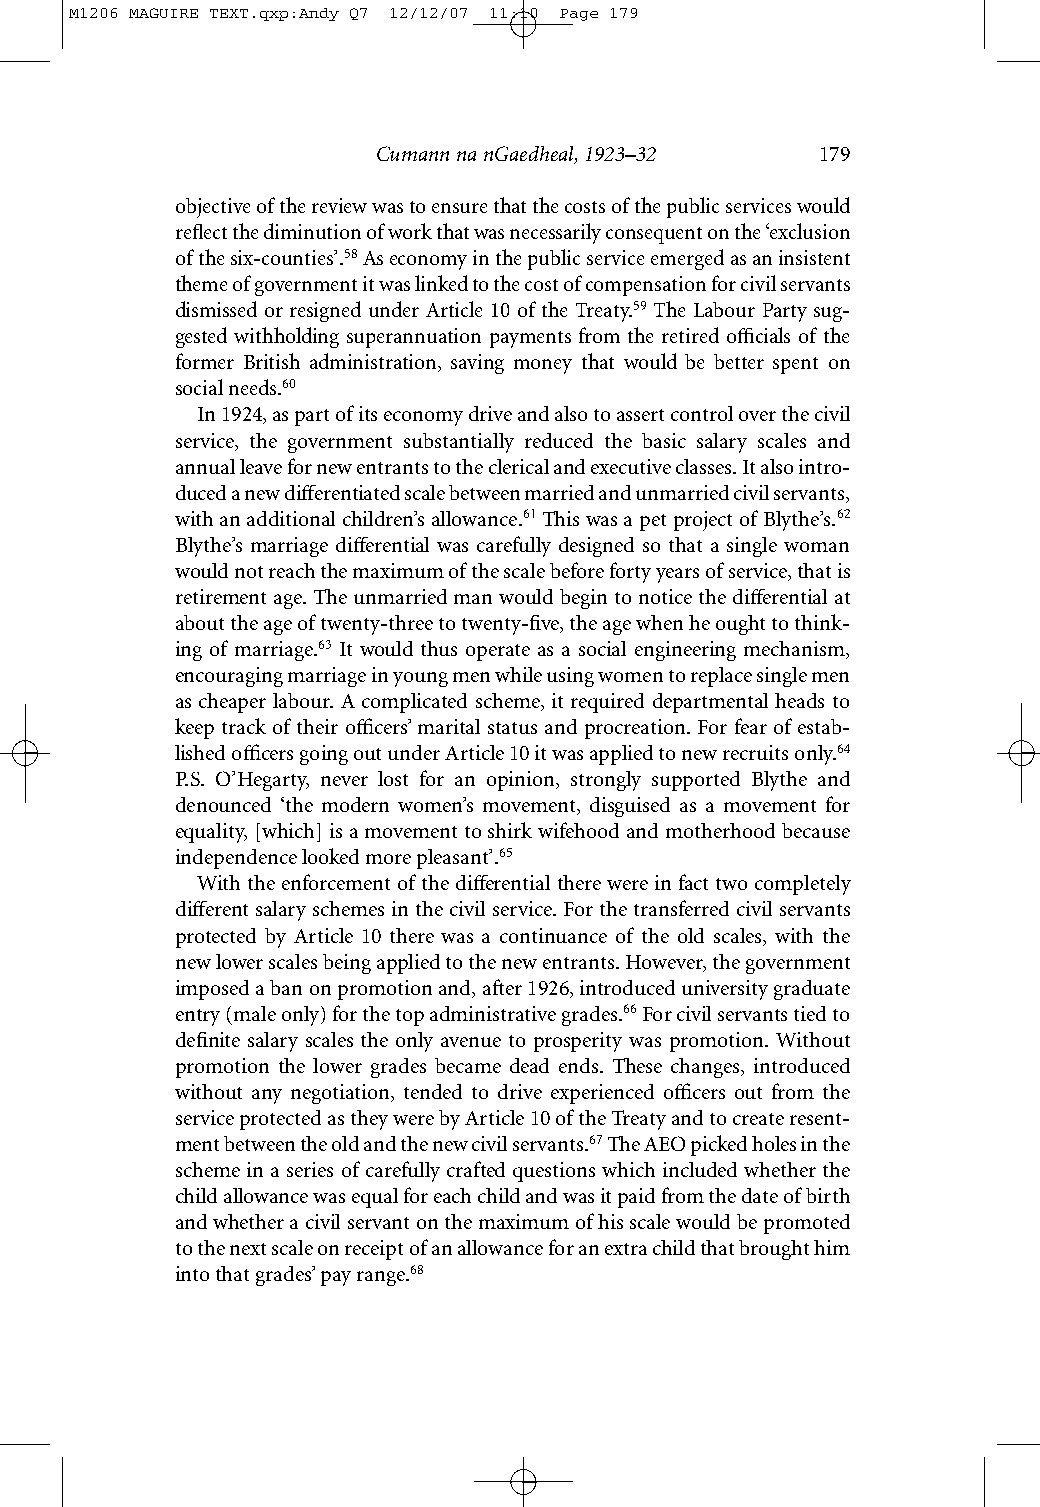
M1206 MAGUIRE TEXT.qxp:Andy Q7 12/12/07 11:10 Page 179
 Cumann na nGaedheal, 1923–32 179
 objective of the review was to ensure that the costs of the public services would
 reflect the diminution of work that was necessarily consequent on the ‘exclusion
 of the six-counties’.58As economy in the public service emerged as an insistent
 theme of government it was linked to the cost of compensation for civil servants
 dismissed or resigned under Article 10 of the Treaty.59 The Labour Party sug-
 gested withholding superannuation payments from the retired officials of the
 former British administration, saving money that would be better spent on
 social needs.60
 In 1924, as part of its economy drive and also to assert control over the civil
 service, the government substantially reduced the basic salary scales and
 annual leave for new entrants to the clerical and executive classes. It also intro-
 duced a new differentiated scale between married and unmarried civil servants,
 with an additional children’s allowance.61This was a pet project of Blythe’s.62
 Blythe’s marriage differential was carefully designed so that a single woman
 would not reach the maximum of the scale before forty years of service, that is
 retirement age. The unmarried man would begin to notice the differential at
 about the age of twenty-three to twenty-five, the age when he ought to think-
 ing of marriage.63 It would thus operate as a social engineering mechanism,
 encouraging marriage in young men while using women to replace single men
 as cheaper labour. A complicated scheme, it required departmental heads to
 keep track of their officers’ marital status and procreation. For fear of estab-
 lished officers going out under Article 10 it was applied to new recruits only.64
 P.S. O’Hegarty, never lost for an opinion, strongly supported Blythe and
 denounced ‘the modern women’s movement, disguised as a movement for
 equality, [which] is a movement to shirk wifehood and motherhood because
 independence looked more pleasant’.65
 With the enforcement of the differential there were in fact two completely
 different salary schemes in the civil service. For the transferred civil servants
 protected by Article 10 there was a continuance of the old scales, with the
 newlower scales being applied to the new entrants. However, the government
 imposed a ban on promotion and, after 1926, introduced university graduate
 entry (male only) for the top administrative grades.66For civil servants tied to
 definite salary scales the only avenue to prosperity was promotion. Without
 promotion the lower grades became dead ends. These changes, introduced
 without any negotiation, tended to drive experienced officers out from the
 service protected as they were by Article 10 of the Treaty and to create resent-
 ment between the old and the new civil servants.67The AEO picked holes in the
 scheme in a series of carefully crafted questions which included whether the
 child allowance was equal for each child and was it paid from the date of birth
 and whether a civil servant on the maximum of his scale would be promoted
 to the next scale on receipt of an allowance for an extra child that brought him
 into that grades’ pay range.68